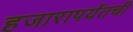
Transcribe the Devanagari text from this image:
हजारापर्यंतची